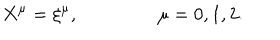
X ^ { \mu } = \xi ^ { \mu } , \qquad \qquad \ \mu = 0 , 1 , 2 .